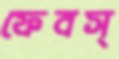
ফেবস্